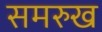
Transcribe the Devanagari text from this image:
समरुख